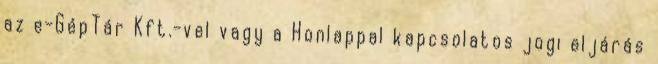
az e-GépTár Kft.-vel vagy a Honlappal kapcsolatos jogi eljárás